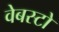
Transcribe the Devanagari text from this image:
वेबस्टो